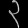
Digit: ၃